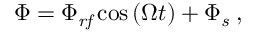
\Phi = \Phi _ { \mathit { r f } } \cos \left( \Omega t \right) + \Phi _ { \mathit { s } } \; ,